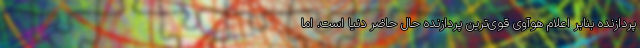
پردازنده بنابر اعلام هوآوی قوی‌ترین پردازنده حال حاضر دنیا است. اما